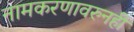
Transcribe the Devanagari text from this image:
नामकरणावरुनही